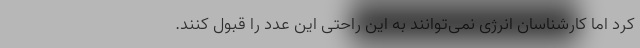
کرد اما کارشناسان انرژی نمی‌توانند به این راحتی این عدد را قبول کنند.